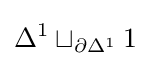
\Delta ^{1}\sqcup _{\partial \Delta ^{1}}1